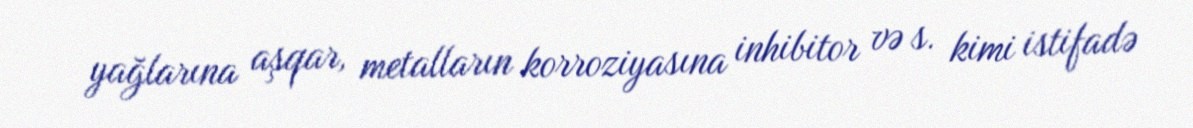
yağlarına aşqar, metalların korroziyasına inhibitor və s. kimi istifadə